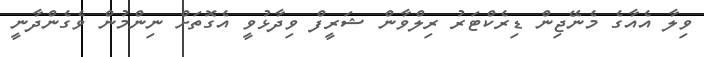
ވިލާ އެއާގެ މެނޭޖިން ޑިރެކްޓަރު ރިލްވާން ޝަރީފް ވިދާޅުވީ އެގޮތަށް ނިންމުން ވެގެންދާނީ